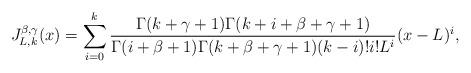
LaTeX: \begin{align*}J_{L,k}^{\beta,\gamma}(x)=\sum_{i=0}^{k}\frac{\Gamma(k+\gamma+1)\Gamma(k+i+\beta+\gamma+1)}{\Gamma(i+\beta+1)\Gamma(k+\beta+\gamma+1)(k-i)!i!L^i}(x-L)^i,\end{align*}